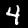
Label: 4